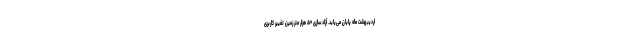
اردیبهشت ماه پایان می‌یابد. آزادسازی ۵۰ هزار متر زمین تغییر کاربری